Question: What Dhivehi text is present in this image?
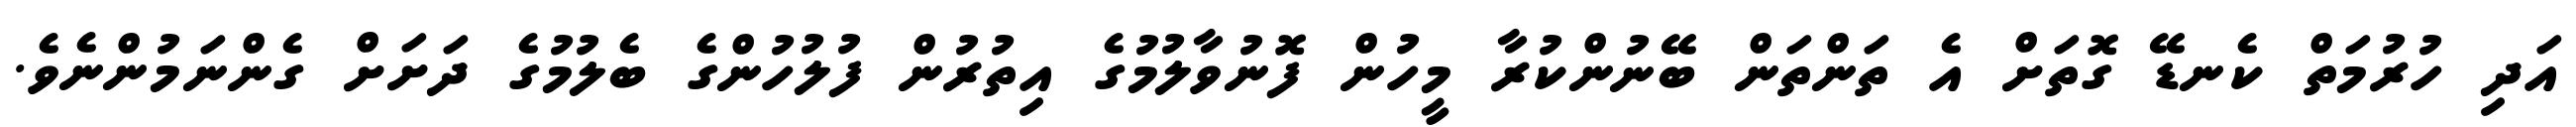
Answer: އަދި ހުރުމަތް ކެނޑޭ ގޮތަށް އެ ތަންތަން ބޭނުންކުރާ މީހުން ފޮނުވާލުމުގެ އިތުރުން ފުލުހުންގެ ބެލުމުގެ ދަށަށް ގެންނަމުންނެވެ.